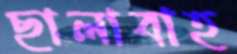
ছালাবাহ